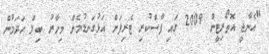
"އެނާޖީ އޮތޯރިޓީން 2009 ގައި ފާސްކުރި ޓެރިފަށް އަޅުގަނޑުމެން މިހާރު ބިލް ހަދަމުން